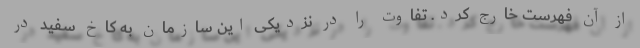
از آن فهرست خارج کرد. تفاوت را در نزدیکی این سازمان به کاخ سفید در